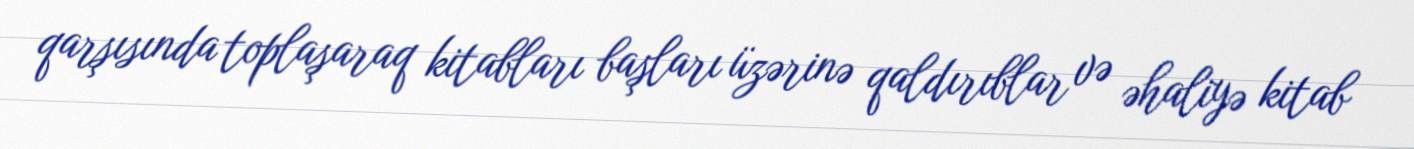
qarşısında toplaşaraq kitabları başları üzərinə qaldırıblar və əhaliyə kitab